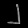
Digit: ၂